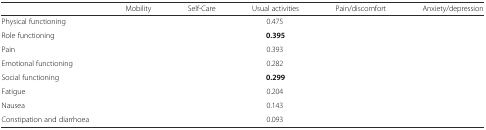
<table><thead><tr><td>[EMPTY_CELL]</td><td><b>Mobility</b></td><td><b>Self-Care</b></td><td><b>Usual activities</b></td><td><b>Pain/discomfort</b></td><td><b>Anxiety/depression</b></td></tr></thead><tbody><tr><td>Physical functioning</td><td>[EMPTY_CELL]</td><td>[EMPTY_CELL]</td><td>0.475</td><td>[EMPTY_CELL]</td><td>[EMPTY_CELL]</td></tr><tr><td>Role functioning</td><td>[EMPTY_CELL]</td><td>[EMPTY_CELL]</td><td><b>0.395</b></td><td>[EMPTY_CELL]</td><td>[EMPTY_CELL]</td></tr><tr><td>Pain</td><td>[EMPTY_CELL]</td><td>[EMPTY_CELL]</td><td>0.393</td><td>[EMPTY_CELL]</td><td>[EMPTY_CELL]</td></tr><tr><td>Emotional functioning</td><td>[EMPTY_CELL]</td><td>[EMPTY_CELL]</td><td>0.282</td><td>[EMPTY_CELL]</td><td>[EMPTY_CELL]</td></tr><tr><td>Social functioning</td><td>[EMPTY_CELL]</td><td>[EMPTY_CELL]</td><td><b>0.299</b></td><td>[EMPTY_CELL]</td><td>[EMPTY_CELL]</td></tr><tr><td>Fatigue</td><td>[EMPTY_CELL]</td><td>[EMPTY_CELL]</td><td>0.204</td><td>[EMPTY_CELL]</td><td>[EMPTY_CELL]</td></tr><tr><td>Nausea</td><td>[EMPTY_CELL]</td><td>[EMPTY_CELL]</td><td>0.143</td><td>[EMPTY_CELL]</td><td>[EMPTY_CELL]</td></tr><tr><td>Constipation and diarrhoea</td><td>[EMPTY_CELL]</td><td>[EMPTY_CELL]</td><td>0.093</td><td>[EMPTY_CELL]</td><td>[EMPTY_CELL]</td></tr></tbody></table>